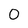
Character: O